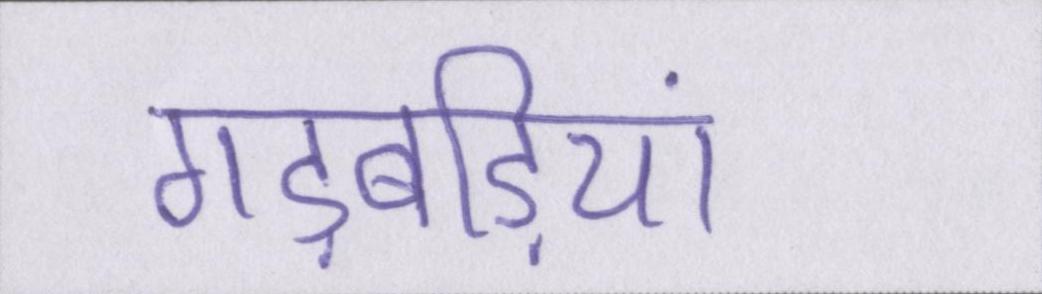
गड़बड़ियां